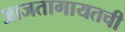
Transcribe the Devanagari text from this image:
आजतागायतची